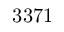
3 3 7 1